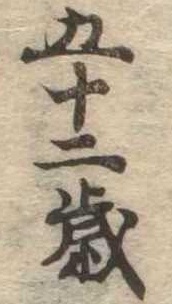
五十二歳